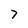
Character: 7